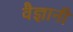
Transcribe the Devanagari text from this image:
वैज्ञानी